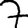
Digit: 7